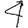
Digit: 4